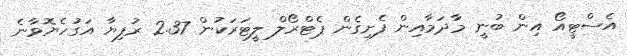
އެސްޓީއޯ އިން ބުނީ މާދަމާއިން ފެށިގެން ޕެޓްރޯލް ލީޓަރަކުން 2.37 ރުފިޔާ އަގުހެޔޮވާނެ